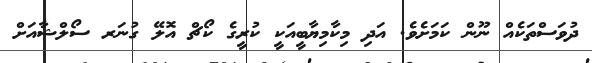
ދުވަސްތަކެއް ނޫން ކަމަށެވެ. އަދި މިކާމިޔާބީއަކީ ކުރީގެ ކޯޗް އޮލޭ ގުނަރ ސޯލްޝާއަށް